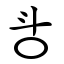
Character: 㪳